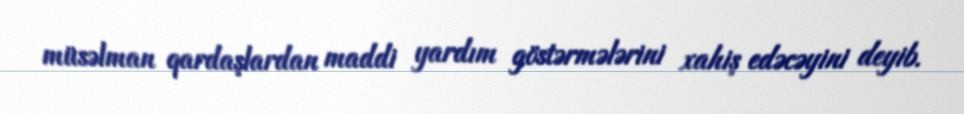
müsəlman qardaşlardan maddi yardım göstərmələrini xahiş edəcəyini deyib.